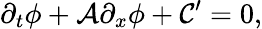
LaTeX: \partial_{t}\phi+\mathcal{A}\partial_{x}\phi+\mathcal{C}^{\prime}=0,